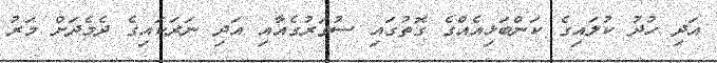
އަދި ހުދު ކުލައިގެ ކަންބަޅިއެއްގެ ގޮތުގައި ސުވަރުގެއާއި އަދި ނަރަކައިގެ ދެމެދަށް މަރު